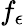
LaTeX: f_{\epsilon}